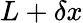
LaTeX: L+\delta x